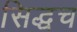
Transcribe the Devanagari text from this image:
सिद्धच